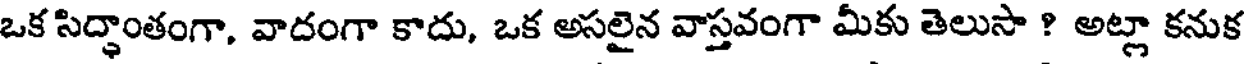
ఒక సిద్ధాంతంగా, వాదంగా కాదు, ఒక అసలైన వాస్తవంగా మీకు తెలుసా ? అట్లా కనుక